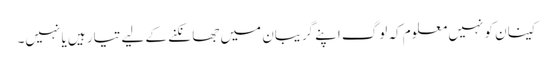
کینان کو نہیں معلوم کہ لوگ اپنے گریبان میں جھانکنے کے لیے تیار ہیں یا نہیں۔